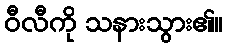
ဝီလီကို သနားသွား၏။